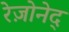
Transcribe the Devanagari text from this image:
रेज़ोनेद्